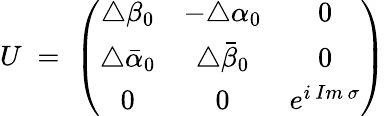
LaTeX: U\; =\; \left(\begin{array}{ccc}{{\triangle\beta_{0}}}&{{-\triangle\alpha_{0}}}&{{0}}\\ {{\triangle\bar{\alpha}_{0}}}&{{\triangle\bar{\beta}_{0}}}&{{0}}\\ {{0}}&{{0}}&{{e^{i\, Im\, \sigma}}}\end{array}\right)